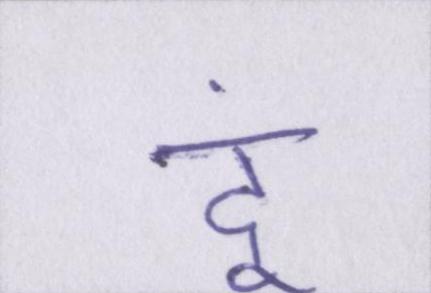
दूं।